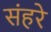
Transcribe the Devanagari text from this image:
संहरे